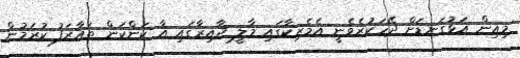
މިއިން އަޅުގަނޑަށް ދޭހަކުރެވެނީ އެމެރިކާގައި މާލީ ދާއިރާގައި އާ ކަންކަން ތައާރަފު ކުރަމުން